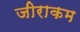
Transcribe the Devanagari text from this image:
जीराकम